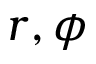
r , \phi